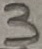
Text: 3